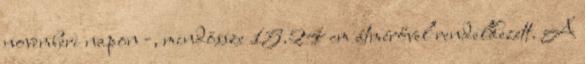
novemberi napon -, mindössze 15.24 cm átmérővel rendelkezett. A